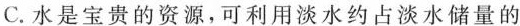
C.水是宝贵的资源，可利用淡水约占淡水储量的